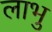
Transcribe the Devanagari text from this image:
लाभु